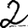
Digit: 2